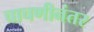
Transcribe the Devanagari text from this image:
चाचणीनंतर